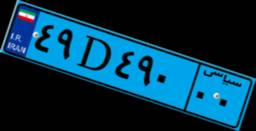
۴۹D۴۹۰۰۰